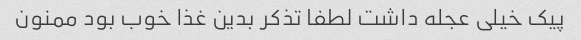
پیک خیلی عجله داشت لطفا تذکر بدین غذا خوب بود ممنون